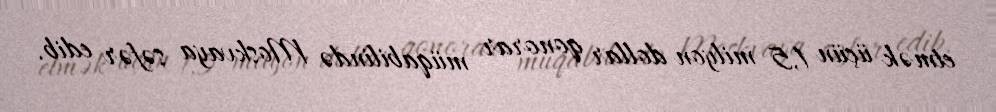
etmək üçün 1,5 milyon dollar qonorar müqabilində Moskvaya səfər edib.